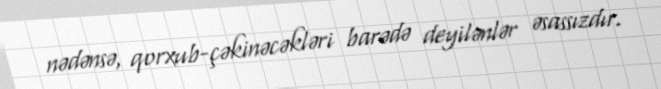
nədənsə, qorxub-çəkinəcəkləri barədə deyilənlər əsassızdır.